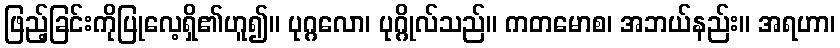
ဖြည့်ခြင်းကိုပြုလေ့ရှိ၏ဟူ၍။ ပုဂ္ဂလော၊ ပုဂ္ဂိုလ်သည်။ ကတမောစ၊ အဘယ်နည်း။ အရဟာ၊